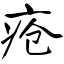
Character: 疮